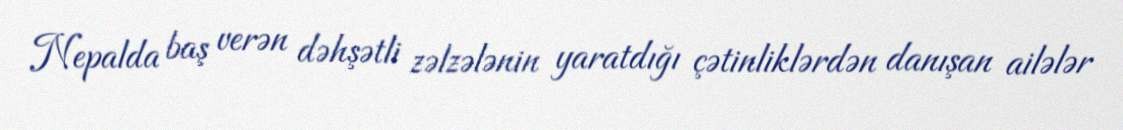
Nepalda baş verən dəhşətli zəlzələnin yaratdığı çətinliklərdən danışan ailələr